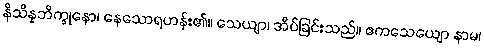
နိသိန္နဘိက္ခုနော၊ နေသောရဟန်း၏။ သေယျာ၊ အိပ်ခြင်းသည်။ ဧကသေယျော နာမ၊